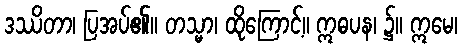
ဒဿိတာ၊ ပြအပ်၏။ တသ္မာ၊ ထိုကြောင့်။ ဣဓပန၊ ၌။ ဣမေ၊